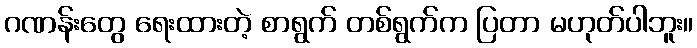
ဂဏန်းတွေ ရေးထားတဲ့ စာရွက် တစ်ရွက်က ပြတာ မဟုတ်ပါဘူး။